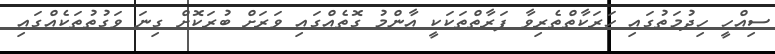
ސިއްހީ ހިދުމަތުގައި ހަރަކާތްތެރިވާ ފަރާތްތަކަކީ އާންމު ގޮތެއްގައި ވަރަށް ބުރަކޮށް ގިނަ ވަގުތުތަކެއްގައި